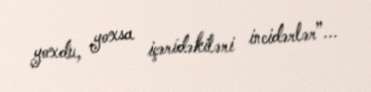
yoxdu, yoxsa içəridəkiləri incidərlər”...